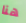
هنا